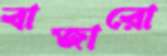
বাজারো